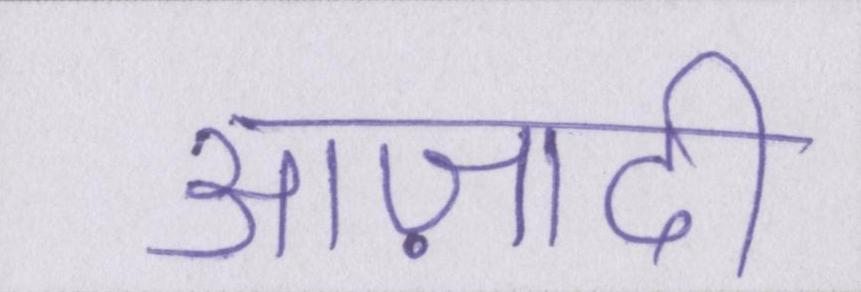
आज़ादी